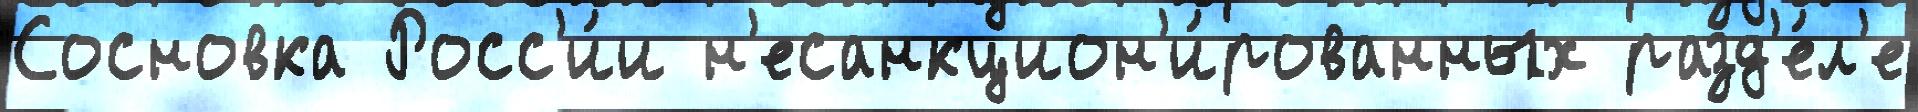
Сосновка Росс'и́и н'есанкцион'и́рованных разд'е́л'е